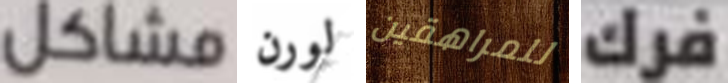
مشاكل لورن للمراهقين فرك